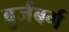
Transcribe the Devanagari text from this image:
बुर्जबर्ग